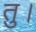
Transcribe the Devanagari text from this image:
तु।